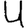
Digit: 4